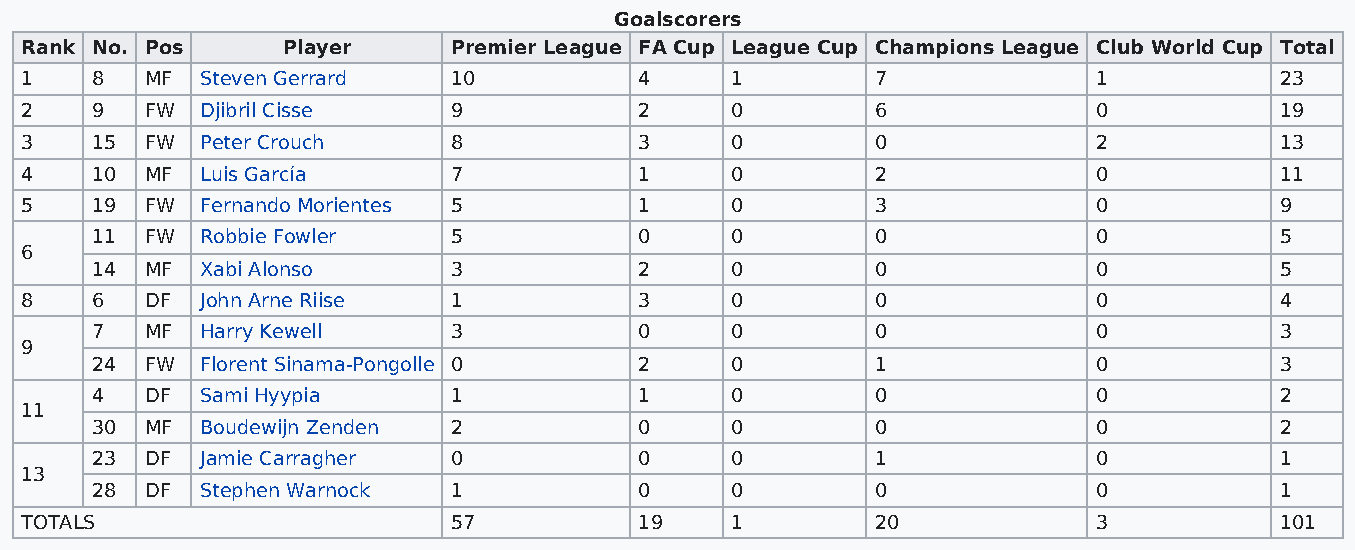
Goalscorers
 Rank No. Pos      Player     Premier League FA Cup League Cup Champions League Club World Cup Total
 1    8   MF Steven Gerrard   10          4     1         7              1           23
 2    9   FW Djibril Cisse    9           2     0         6              0           19
 3    15  FW Peter Crouch     8           3     0         0              2           13
 4    10  MF Luis García      7           1     0         2              0           11
 5    19  FW Fernando Morientes 5         1     0         3              0           9
 11  FW Robbie Fowler    5           0     0         0              0           5
 6
 14  MF Xabi Alonso      3           2     0         0              0           5
 8    6   DF John Arne Riise  1           3     0         0              0           4
 7   MF Harry Kewell     3           0     0         0              0           3
 9
 24  FW Florent Sinama-Pongolle 0    2     0         1              0           3
 4   DF Sami Hyypia      1           1     0         0              0           2
 11
 30  MF Boudewijn Zenden 2           0     0         0              0           2
 23  DF Jamie Carragher  0           0     0         1              0           1
 13
 28  DF Stephen Warnock  1           0     0         0              0           1
 TOTALS                       57          19    1         20             3           101